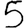
Digit: 5